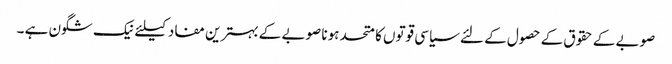
صوبے کے حقوق کے حصول کے لئے سیاسی قوتوں کا متحد ہونا صوبے کے بہترین مفاد کیلئے نیک شگون ہے ۔